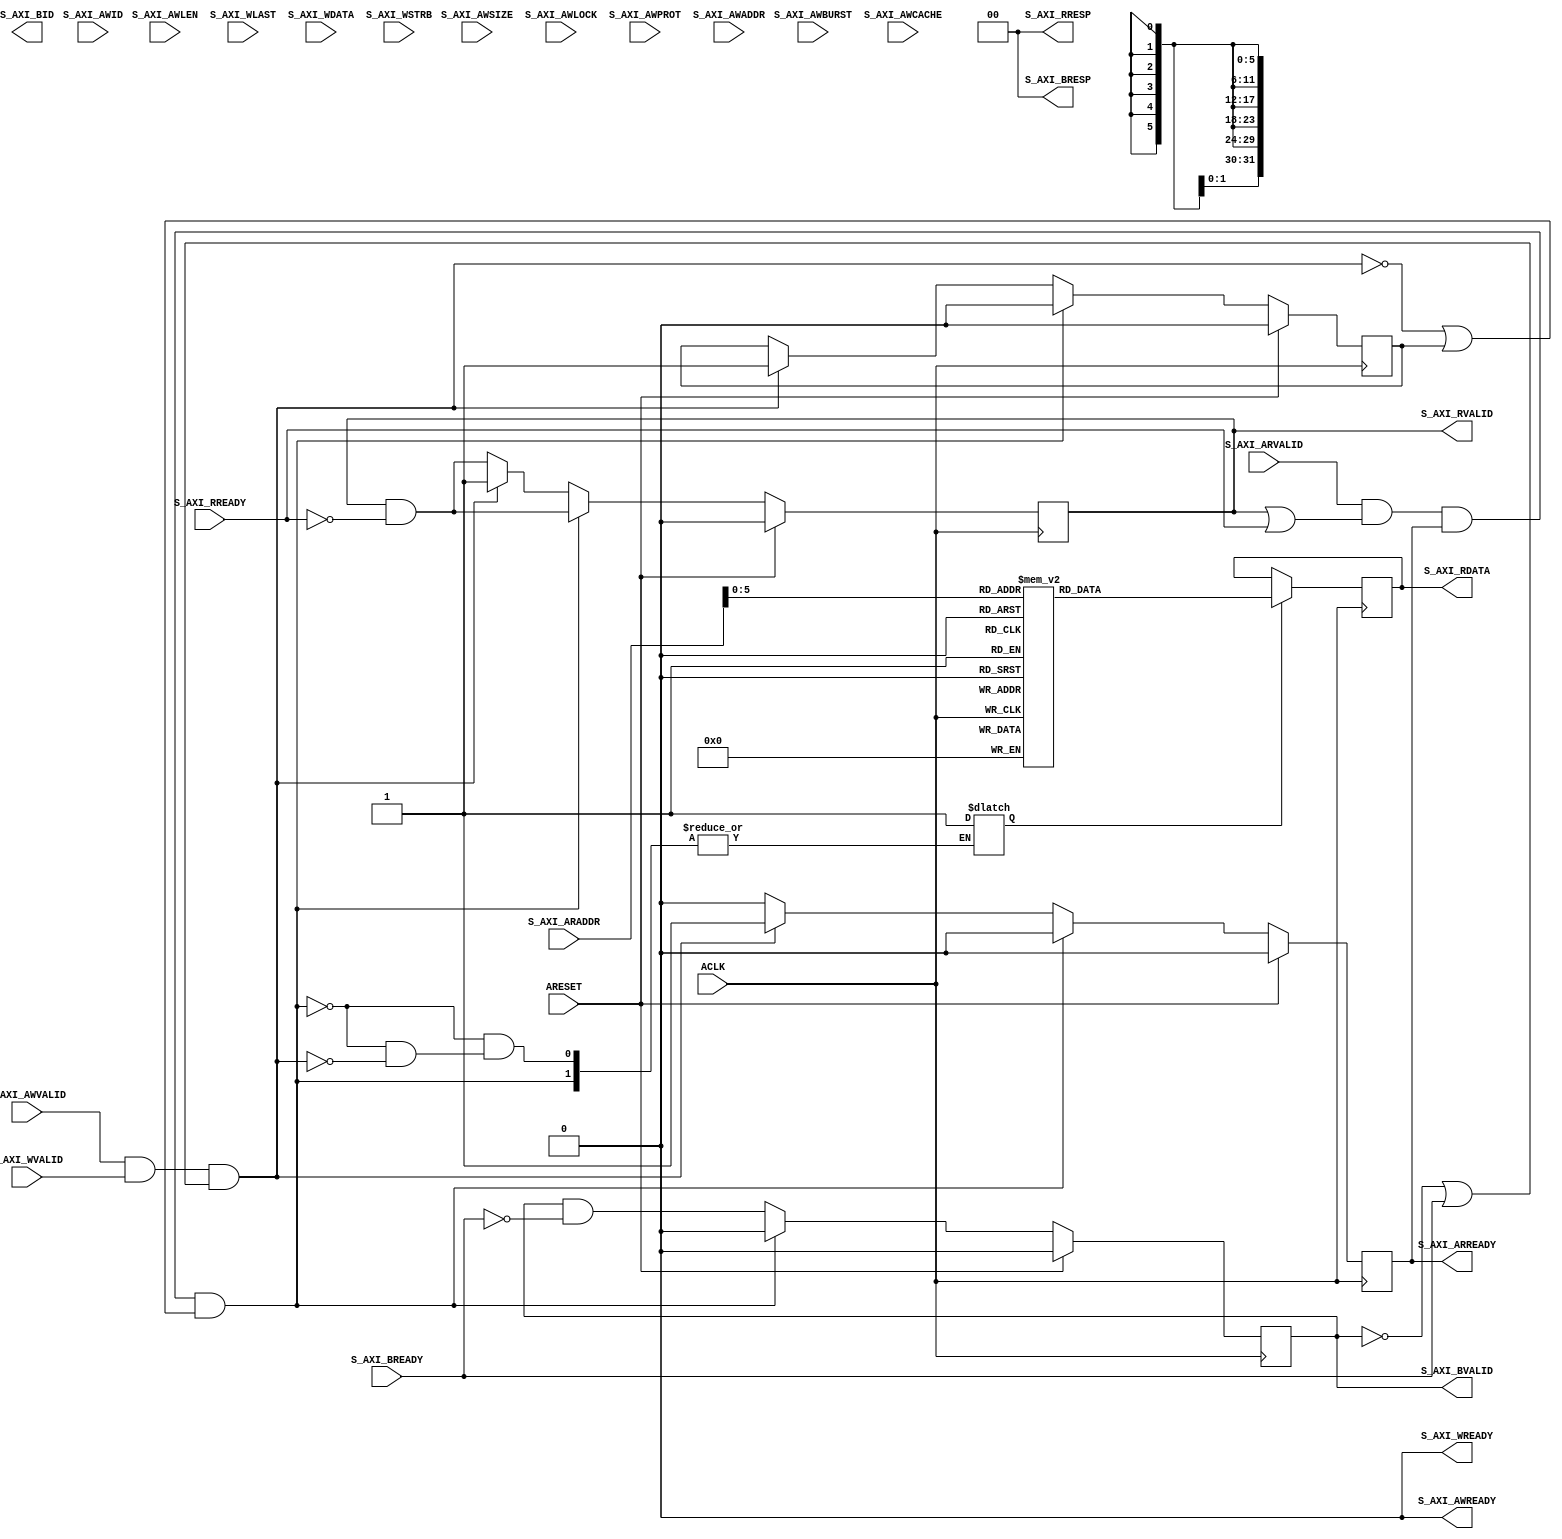
`timescale 1ns / 1ps
//////////////////////////////////////////////////////////////////////////////////
// Company: 
// 
// Design Name: 
// Module Name: axi_lite_slave
// Project Name: 
// Target Devices: 
// Tool Versions: 
// Description: 
// 
// Dependencies: 
// 
// Revision:
// Revision 0.01 - File Created
// Additional Comments:
// 
//////////////////////////////////////////////////////////////////////////////////


module axi4_slave #
(
    parameter DATA_WIDTH = 32,
    parameter ADDR_WIDTH = 32,
    parameter ID_WIDTH   = 8,
    parameter STRB_WIDTH = (DATA_WIDTH/8)
)(
    input  wire        ACLK,
    input  wire        ARESET,

    // WRITE Address Channel 
    input  wire [ID_WIDTH-1:0]    S_AXI_AWID,    // Write address ID
    input  wire [7:0]             S_AXI_AWLEN,   // Burst length
    input  wire [2:0]             S_AXI_AWSIZE,  // Burst size
    input  wire [1:0]             S_AXI_AWBURST, // Burst type 
    input  wire                   S_AXI_AWLOCK,  // Lock type
    input  wire [3:0]             S_AXI_AWCACHE, // Cache type
    input  wire [2:0]             S_AXI_AWPROT,  // Protection type

    output wire        			  S_AXI_AWREADY,  // WRITE ADDRESS ready
    input  wire        			  S_AXI_AWVALID,  // WRITE ADDRESS valid
    input  wire [ADDR_WIDTH-1:0]  S_AXI_AWADDR,   // WRITE ADDRESS
    
    // WRITE Data Channel
    output wire        			 S_AXI_WREADY,  // WRITE ready
    input  wire                  S_AXI_WLAST,   // WRITE last
    input  wire                  S_AXI_WVALID,  // WRITE valid
    input  wire [DATA_WIDTH-1:0] S_AXI_WDATA,   // WRITE DATA 
    input  wire [STRB_WIDTH-1:0] S_AXI_WSTRB,   // WRITE stobes


    //WRITE Response Channel
    output wire [ID_WIDTH-1:0]    S_AXI_BID,
    input  wire                   S_AXI_BREADY, // WRITE reponse ready (master)
    output wire                   S_AXI_BVALID, // WRITE response valid
    output wire [1:0]             S_AXI_BRESP,  // WRITE response ready

    // READ Address Channel
    // S_AXI_ARPROT 
    // S_AXI_ARCACHE
    output wire        			 S_AXI_ARREADY, 
    input  wire        			 S_AXI_ARVALID, 
    input  wire [ADDR_WIDTH-1:0] S_AXI_ARADDR,

    // READ Data Channel	
    input  wire        			 S_AXI_RREADY, 
    output wire        			 S_AXI_RVALID, 
    output wire [1:0]  			 S_AXI_RRESP,  
    output wire [DATA_WIDTH-1:0] S_AXI_RDATA
);

    localparam SET_OK   = 2'b00;
    localparam SET_HIGH = 1'b1;
    localparam SET_LOW  = 1'b0;

     // (* RAM_STYLE="BLOCK" *)
    reg [DATA_WIDTH-1:0] BRAM[(2**6)-1:0];

    reg WRITE_EN;
    reg READ_EN;

    // reg for output signals 
    reg S_AXI_AWREADY_REG = SET_LOW, AWREADY_NEXT;  // WRITE output ADDRESS
    reg S_AXI_WREADY_REG  = SET_LOW, WREADY_NEXT;   // WRITE output DATA 
    reg S_AXI_BVALID_REG  = SET_LOW, BVALID_NEXT;   // WRITE output RESPONSE
    reg S_AXI_ARREADY_REG = SET_LOW, ARREADY_NEXT;  // READ  output ADDRESS 
    reg S_AXI_RVALID_REG  = SET_LOW, RVALID_NEXT;   // READ  output DATA

    reg [DATA_WIDTH-1:0] S_AXI_RDATA_REG = {DATA_WIDTH{SET_LOW}};
    reg [DATA_WIDTH-1:0] RDATA_NEXT;

    // wire for INPUTs : addr & data
    wire [ADDR_WIDTH-1:0] S_AXI_AWADDR_WIRE = S_AXI_AWADDR;  // WRITE input ADDRESS
    wire [ADDR_WIDTH-1:0] S_AXI_ARADDR_WIRE = S_AXI_ARADDR;  // READ  input ADDRESS

    // assign signals to AXI interface
    assign S_AXI_AWREADY = S_AXI_AWREADY_REG;  // WRITE output ADDRESS
    assign S_AXI_WREADY  = S_AXI_WREADY_REG;   // WRITE output DATA
    assign S_AXI_BVALID  = S_AXI_BVALID_REG;   // WRITE output RESPONSE
    assign S_AXI_ARREADY = S_AXI_ARREADY_REG;  // READ output ADDRESS
    assign S_AXI_RDATA   = S_AXI_RDATA_REG;    // READ output DATA
    assign S_AXI_RVALID  = S_AXI_RVALID_REG;   // READ output DATA 

    // WRITE response
    assign S_AXI_BRESP = SET_OK;   // WRITE
    assign S_AXI_RRESP = SET_OK;   // READ

    reg READ_STATUS;
    reg WRITE_STATUS;

    reg LAST_READ_REG = SET_LOW, LAST_READ_NEXT;

 
always @* begin
    WRITE_EN     = SET_LOW;
    AWREADY_NEXT = SET_LOW;
    WREADY_NEXT  = SET_LOW;

    ARREADY_NEXT = SET_LOW;
    // READ output DATA && !READ input DATA
    RVALID_NEXT = S_AXI_RVALID_REG && !S_AXI_RREADY;

    LAST_READ_NEXT = LAST_READ_REG;

    // WRITE output RESPONSE && !WRITE input RESPONSE
    BVALID_NEXT  = S_AXI_BVALID_REG && !S_AXI_BREADY;

    // WRITE input ADDRESS && WRITE input DATA
    // && (!WRITE output RESPONSE || WRITE input RESPONSE)
    // && (!WRITE output ADDRESS && WRITE output DATA)
    READ_STATUS  = S_AXI_AWVALID && S_AXI_WVALID && ( !S_AXI_BVALID || S_AXI_BREADY ) && ( !S_AXI_AWREADY && !S_AXI_WREADY );
    // READ input ADDRESS 
    // && (READ output DATA || READ input DATA )
    // && READ ouput ADDRESS
    WRITE_STATUS = S_AXI_ARVALID && ( S_AXI_RVALID || S_AXI_RREADY) && S_AXI_ARREADY; 


    if ( WRITE_STATUS && (!READ_STATUS || LAST_READ_REG) ) begin
        WRITE_EN       = SET_LOW;
        AWREADY_NEXT   = SET_LOW;
        WREADY_NEXT    = SET_LOW;
        BVALID_NEXT    = SET_LOW;
        LAST_READ_NEXT = SET_LOW;
    end else if ( READ_STATUS ) begin
        READ_EN        = SET_HIGH;
        LAST_READ_NEXT = SET_HIGH;
        ARREADY_NEXT   = SET_HIGH;
        RVALID_NEXT    = SET_HIGH;
    end
end

always @(posedge ACLK) begin
    LAST_READ_REG <= LAST_READ_NEXT;

    S_AXI_AWREADY_REG <= AWREADY_NEXT;  
    S_AXI_WREADY_REG  <= WREADY_NEXT;  
    S_AXI_BVALID_REG  <= BVALID_NEXT;

    S_AXI_ARREADY_REG <= ARREADY_NEXT; 
    S_AXI_RVALID_REG  <= RVALID_NEXT;  

    if( READ_EN ) begin
                S_AXI_RDATA_REG  <= BRAM[S_AXI_ARADDR];
    end else begin
            if(WRITE_EN) begin
                // WRITE
                BRAM[S_AXI_AWADDR] <= S_AXI_WDATA;
            end
        end

    if( ARESET ) begin
        LAST_READ_REG <= SET_LOW;

        S_AXI_AWREADY_REG <= SET_LOW;
        S_AXI_WREADY_REG  <= SET_LOW;
        S_AXI_BVALID_REG  <= SET_LOW;

        S_AXI_ARREADY_REG <= SET_LOW;
        S_AXI_RVALID_REG  <= SET_LOW;
    end

end

endmodule